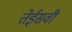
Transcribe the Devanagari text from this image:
तेईसवी